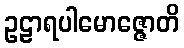
ဥဠာရပါမောဇ္ဇောတိ